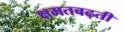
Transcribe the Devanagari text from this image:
क्षमतबढ़ती